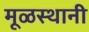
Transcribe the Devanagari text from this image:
मूळस्थानी